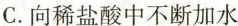
C.向稀盐酸中不断加水